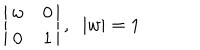
\left| \begin{array} { c c } { { w } } & { { 0 } } \\ { { 0 } } & { { 1 } } \\ \end{array} \right| , \; \; | w | = 1